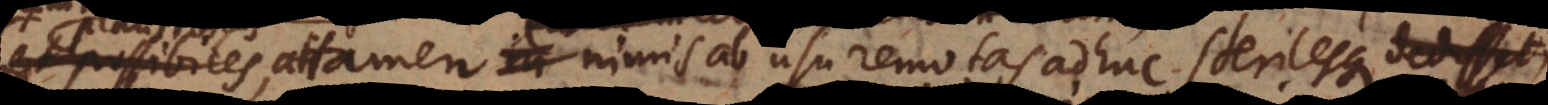
profuturas, attamen nimis ab usu remotas adhuc sterilesque, ut